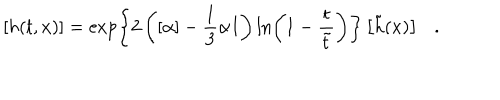
\left[ h ( t , x ) \right] = \exp \left\{ 2 \left( [ \alpha ] - \frac { 1 } { 3 } \alpha I \right) \ln \left( 1 - \frac { t } { \tilde { t } } \right) \right\} \left[ \tilde { h } ( x ) \right] .